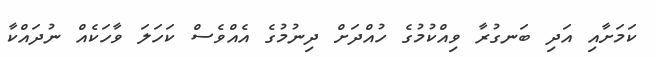
ކަމަށާއި އަދި ބަނގުރާ ވިއްކުމުގެ ހުއްދަށް ދިނުމުގެ އެއްވެސް ކަހަލަ ވާހަކެއް ނުދައްކާ